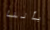
بأننا